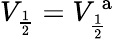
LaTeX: V_{\frac{1}{2}}=V_{\frac{1}{2}}^{\mathrm{~a~}}